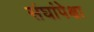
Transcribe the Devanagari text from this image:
संघांपेक्षा